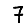
Digit: 7